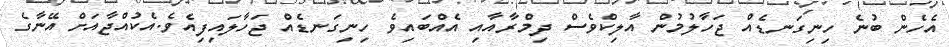
އެހެން ބުނެ ހިނިގަނޑެއް ޖަހާލުމުން އާލިކްވެސް ދިމްރާއާއި އެއްބައިވެ ހިނިގަނޑެއް ޖަހާލައިފިއެވެ.އެކުއްޖާއަށް އޭނާގެ